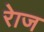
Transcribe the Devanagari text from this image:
रेाज